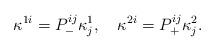
LaTeX: \begin{align*}\kappa ^{1i}=P_{-}^{ij}\kappa _j^1,\quad \kappa ^{2i}=P_{+}^{ij}\kappa _j^2.\end{align*}